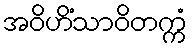
အဝိဟိံသာဝိတက္ကံ